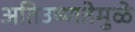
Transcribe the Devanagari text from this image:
अतिउष्णतेमुळे